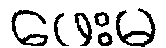
ဖေးမ